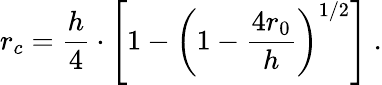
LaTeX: r_{c}=\frac{h}{4}\cdot\left[1-\left(1-\frac{4r_{0}}{h}\right)^{1/2}\right]~.